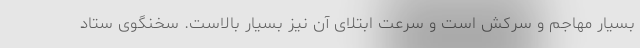
بسیار مهاجم و سرکش است و سرعت ابتلای آن نیز بسیار بالاست. سخنگوی ستاد